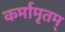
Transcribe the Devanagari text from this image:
कर्मामृतम्